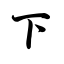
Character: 下